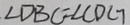
\angle D B C = \angle C D C 7